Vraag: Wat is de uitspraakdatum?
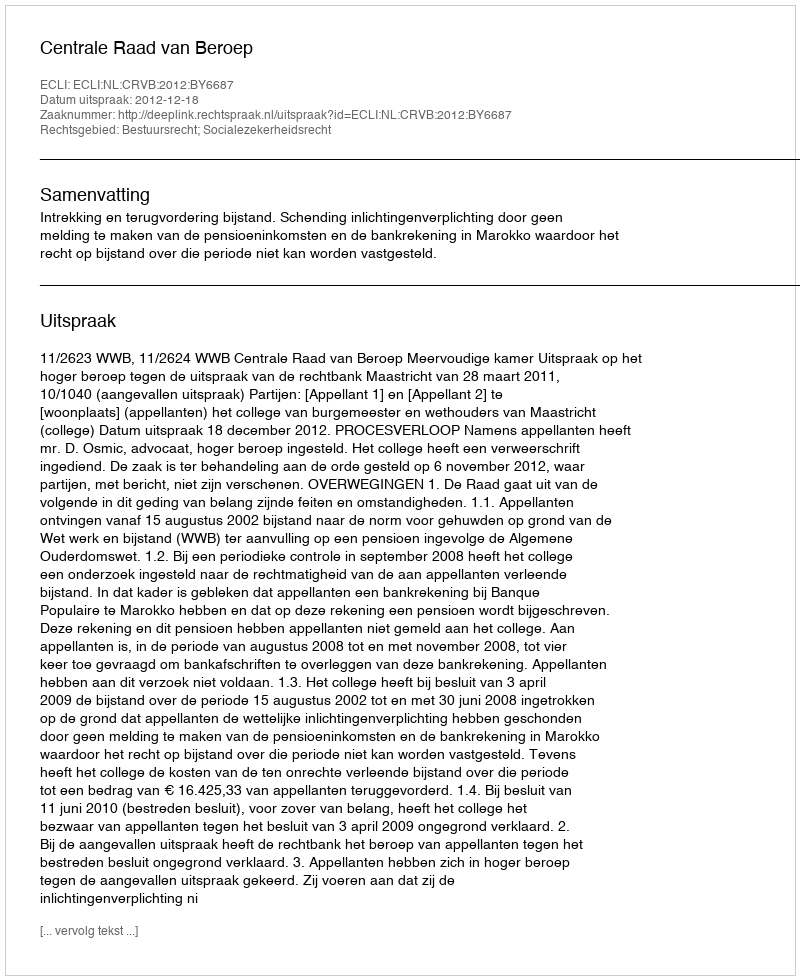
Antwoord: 2012-12-18